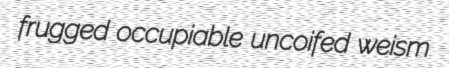
frugged occupiable uncoifed weism